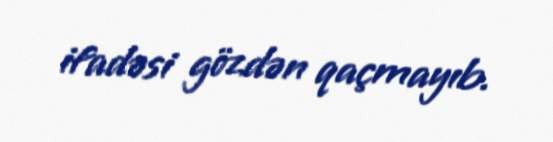
ifadəsi gözdən qaçmayıb.